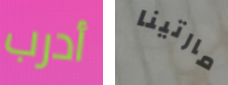
أدرب مارتينا